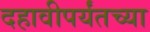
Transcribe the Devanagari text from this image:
दहावीपर्यंतच्या